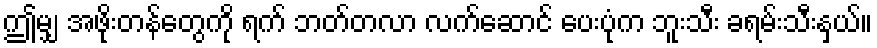
ဤမျှ အဖိုးတန်တွေကို ရက် ဘတ်တလာ လက်ဆောင် ပေးပုံက ဘူးသီး ခရမ်းသီးနှယ်။